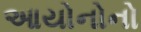
આયોનોનો